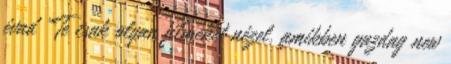
évad "Te csak olyan filmeket nézel, amikben gazdag new